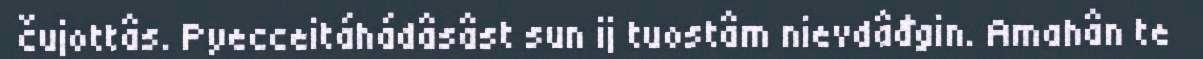
čujottâs. Pyecceitáhádâsâst sun ij tuostâm nievdâđgin. Amahân te